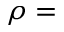
\rho =